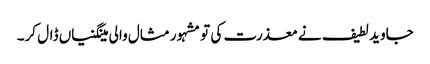
جاوید لطیف نے معذرت کی تو مشہور مثال والی مینگنیاں ڈال کر۔